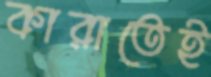
কারাতেই